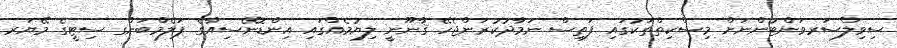
ސިވިލްސަރވަންޓުންނަށް މިސްކިތްތަކުގައި ފަތިސް ނަމާދުކުރަންޖެހޭ ޤާނޫނީ ލިޔުމެއްގައި އިންޑޮނޭސިއާގެ ޕަލެމްބަންގ ސިޓީގެ މޭޔަރ